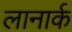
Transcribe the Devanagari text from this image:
लानार्क